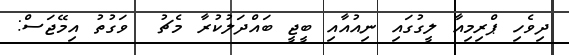
ދިވެހި ޕްރިމިއާ ލީގުގައި ނިއުއާއި ބީޖީ ބައްދަލުކުރާ މެޗު  ވަގުތު އިމޭޖަސް: